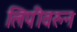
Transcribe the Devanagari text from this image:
लिपीवरुन